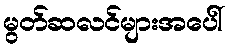
မွတ်ဆလင်များအပေါ်